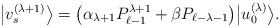
LaTeX: \begin{gather*}\big|v_s^{(\lambda+1)}\big\rangle = \big( \alpha_{\lambda+1} P_{\ell-1}^{\lambda+1} + \beta P_{\ell-\lambda-1} \big)\big|u_0^{(\lambda)}\big\rangle .\end{gather*}